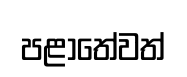
පළාතේවත්